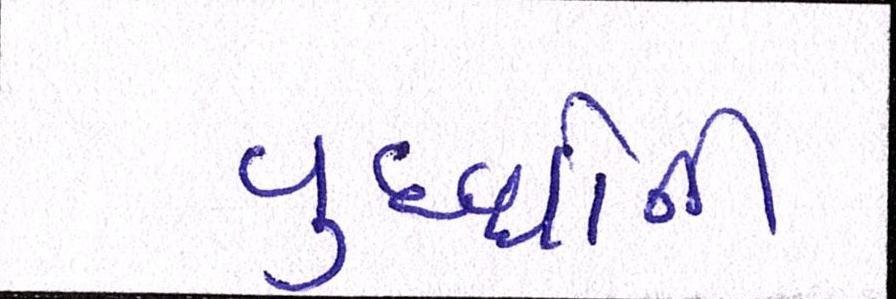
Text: વૃધ્ધોની